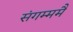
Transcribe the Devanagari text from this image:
संगम्ममै